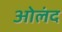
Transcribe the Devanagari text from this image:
ओलंद